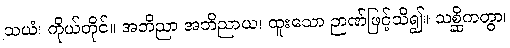
သယံ၊ ကိုယ်တိုင်။ အဘိညာ အဘိညာယ၊ ထူးသော ဉာဏ်ဖြင့်သိ၍။ သစ္ဆိကတွာ၊